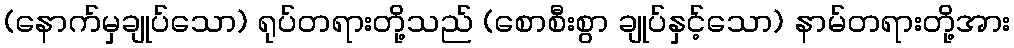
(နောက်မှချုပ်သော) ရုပ်တရားတို့သည် (စောစီးစွာ ချုပ်နှင့်သော) နာမ်တရားတို့အား